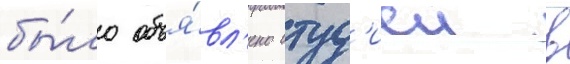
бы́ло объя́вл'ено студ'иеи в